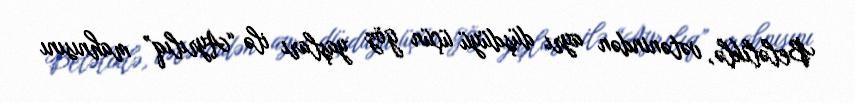
Beləliklə, vətənindən ayrı düşdüyü üçün göz yaşları ilə “Ayrılıq” mahnısını